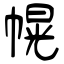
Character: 幌